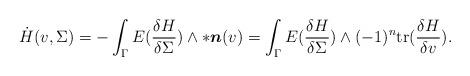
LaTeX: \begin{align*} \dot{H}(v,\Sigma)=-\int_{\Gamma}E(\frac{\delta H}{\delta\Sigma})\wedge\ast\boldsymbol{n}(v)=\int_{\Gamma}E(\frac{\delta H}{\delta\Sigma})\wedge(-1)^{n}\mathrm{tr}(\frac{\delta H}{\delta v}). \end{align*}